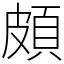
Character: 頗